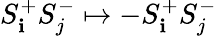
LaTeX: S_{\mathbf{i}}^{+}S_{j}^{-}\mapsto-S_{\mathbf{i}}^{+}S_{j}^{-}